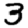
Digit: 3